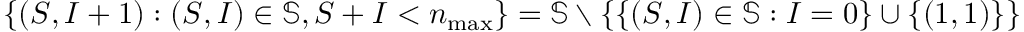
\{ ( S , I + 1 ) : ( S , I ) \in \mathbb { S } , S + I < n _ { \operatorname* { m a x } } \} = \mathbb { S } \setminus \left\{ \{ ( S , I ) \in \mathbb { S } : I = 0 \} \cup \{ ( 1 , 1 ) \} \right\}